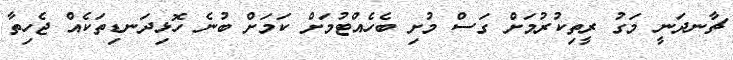
ޗާނދަނީ މަގު ރީތިކުރުމަށް ގަސް މުށި ބެހެއްޓުމަށް ކަމަށް ބުނެ ހޮޅިދަނޑިތަކެއް ޖެހިތާ